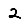
Digit: 2